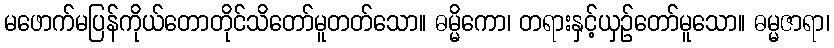
မဖောက်မပြန်ကိုယ်တောတိုင်သိတော်မူတတ်သော။ ဓမ္မိကော၊ တရားနှင့်ယှဉ်တော်မူသော။ ဓမ္မဇာရာ၊